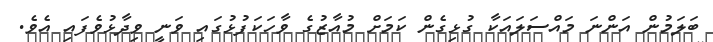
ބަލަމުން އަންނަ މައްސަލައަކާ ގުޅިގެން ކަމަށް މުއާޒުގެ ވާހަކަފުޅުގައި ވަނީ ވިދާޅުވެފައި އެވެ.